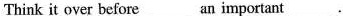
Think it over before___an important___.